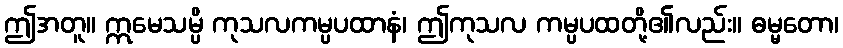
ဤအတူ။ ဣမေသမ္ပိ ကုသလကမ္ပပထာနံ၊ ဤကုသလ ကမ္ပပထတို့၏လည်း။ ဓမ္မတော၊